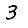
Digit: 3